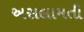
અસલામતી